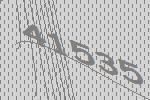
41535